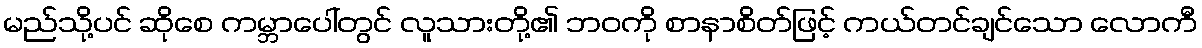
မည်သို့ပင် ဆိုစေ ကမ္ဘာပေါ်တွင် လူသားတို့၏ ဘဝကို စာနာစိတ်ဖြင့် ကယ်တင်ချင်သော လောကီ